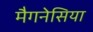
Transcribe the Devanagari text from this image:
मैगनेसिया